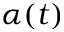
\alpha ( t )